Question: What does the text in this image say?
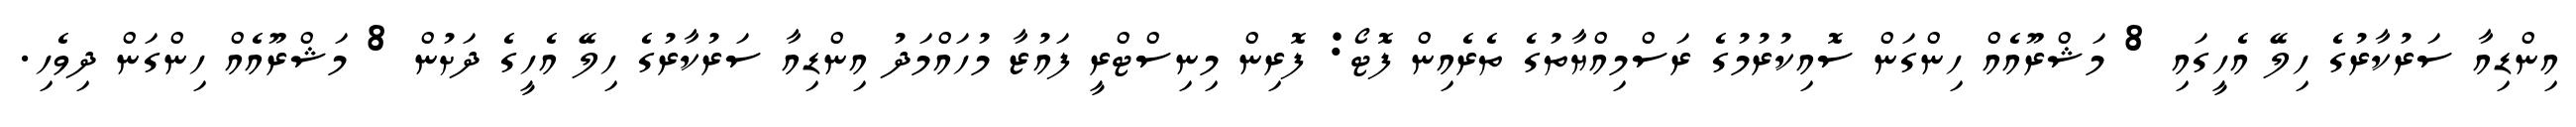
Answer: އިންޑިއާ ސަރުކާރުގެ ހިލޭ އެހީގައި 8 މަޝްރޫއެއް ހިންގަން ސޮއިކުރުމުގެ ރަސްމިއްޔާތުގެ ތެރެއިން ފޮޓޯ: ފޮރިން މިނިސްޓްރީ ފައުޒާ މުހައްމަދު އިންޑިއާ ސަރުކާރުގެ ހިލޭ އެހީގެ ދަށުން 8 މަޝްރޫއެއް ހިންގަން ދިވެހި.